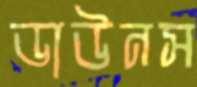
ডাউনস